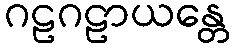
ဂဠဂဠာယန္တေ